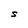
Character: S